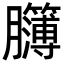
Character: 𦣈